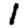
Digit: 1